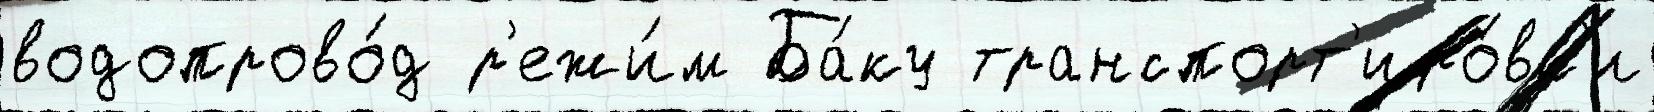
водопрово́д р'ежи́м Ба́ку транспорт'иро́вк'и